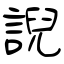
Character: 誽